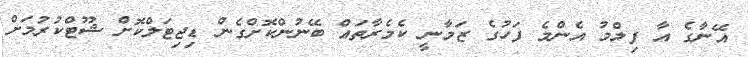
އޭނާގެ އާ ފިލްމު އެންމެ ފަހުގެ ޒަމާނީ ކެމެރާތައް ބޭނުންކޮށްގެން ޑިޖިޓަލްކޮށް ޝޫޓްކުރުމަށް